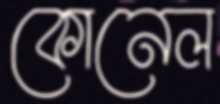
কোনেল